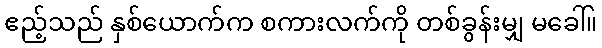
ဧည့်သည် နှစ်ယောက်က စကားလက်ကို တစ်ခွန်းမျှ မခေါ်။